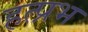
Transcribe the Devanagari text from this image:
हत्प्रभ